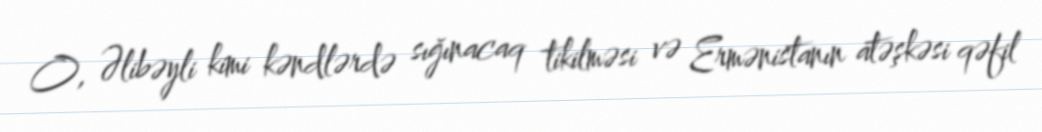
O, Əlibəyli kimi kəndlərdə sığınacaq tikilməsi və Ermənistanın atəşkəsi qəfil